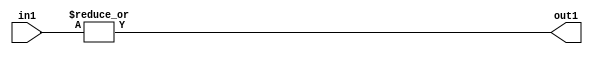
`timescale 1ps / 1ps
/*****************************************************************************
    Verilog RTL Description
    
    
    Created by: Stratus DpOpt 21.05.01 
*******************************************************************************/

module dut_OrReduction_32U_1U_4 (
	in1,
	out1
	); /* architecture "behavioural" */ 
input [31:0] in1;
output  out1;
wire  asc001;

assign asc001 = 
	(|in1);

assign out1 = asc001;
endmodule

/* CADENCE  urXzQwA= : u9/ySxbfrwZIxEzHVQQV8Q== ** DO NOT EDIT THIS LINE ******/